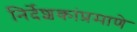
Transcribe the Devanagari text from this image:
निर्देशकांप्रमाणे